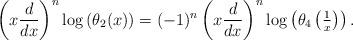
LaTeX: \begin{align*}\left(x \frac{d}{dx}\right)^n \log \left( \theta_2(x) \right) = (-1)^n \left(x \frac{d}{dx}\right)^n \log \left( \theta_4\left( \tfrac{1}{x} \right) \right).\end{align*}